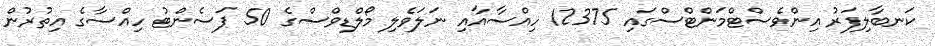
ކަނބާލިފަރު އިންވެސްޓްމަންޓްސްގައި 12375 ހިއްސާއާއި ނަލަވެލި މޯލްޑިވްސްގެ 50 ޕަސެންޓު ހިއްސާގެ އިތުރުން